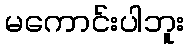
မကောင်းပါဘူး